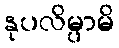
နုပလိမ္ပာမိ